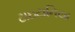
ટાઇટાનિયા